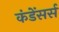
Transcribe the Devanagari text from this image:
कंडेंसर्स